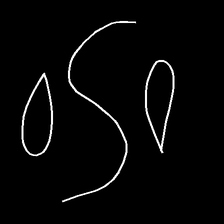
Glyph: water